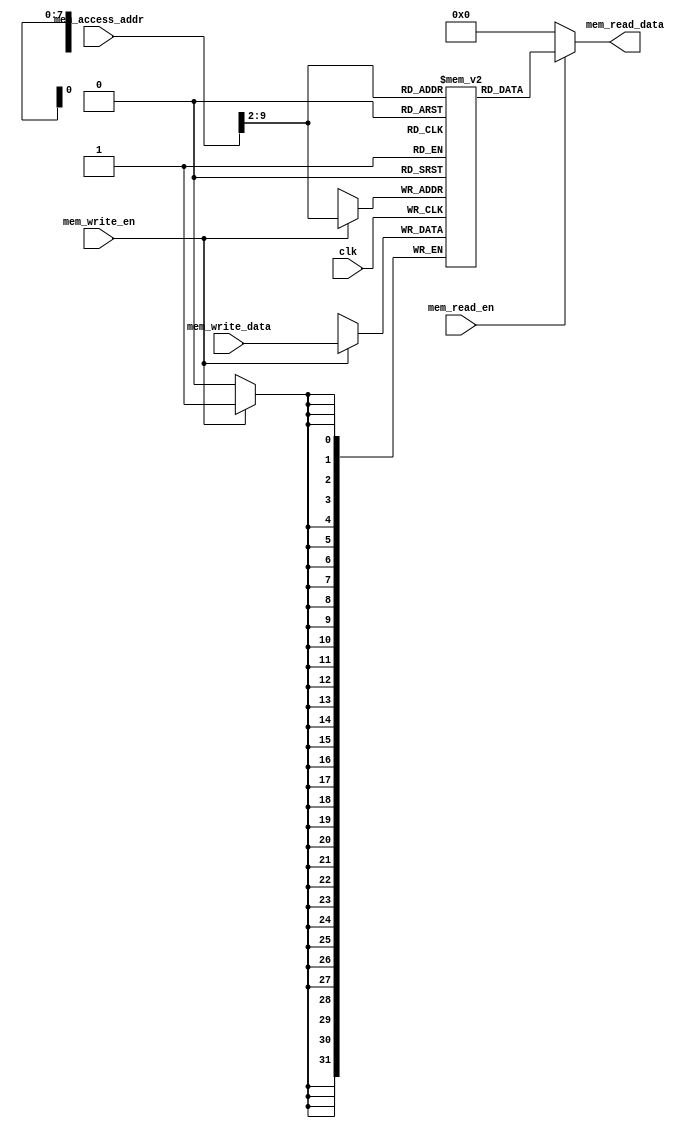
`timescale 1ns / 1ps
//////////////////////////////////////////////////////////////////////////////////
// Company: 
// 
// Design Name: 
// Module Name: data_memory
// Project Name: 
// Target Devices: 
// Tool Versions: 
// Description: 
// 
// Dependencies: 
// 
// Revision:
// Revision 0.01 - File Created
// Additional Comments:
// 
//////////////////////////////////////////////////////////////////////////////////

module data_memory(
    input clk,
    input [31:0] mem_access_addr,
    input [31:0] mem_write_data,
    input mem_write_en,
    input mem_read_en,
    output [31:0] mem_read_data);
  
    integer i;  
    reg [31:0] ram [255:0];  // Don't change this name
    wire [7 : 0] ram_addr = mem_access_addr[9 : 2];  
    
    initial 
    begin  
       for(i=0;i<256;i=i+1)  
           ram[i] <= 32'd0;  
    end  
        
    always @(posedge clk) 
    begin  
       if (mem_write_en) //write is synchronous 
           ram[ram_addr] <= mem_write_data;  
    end  
      
    assign mem_read_data = (mem_read_en==1'b1) ? ram[ram_addr]: 32'd0;
            
endmodule